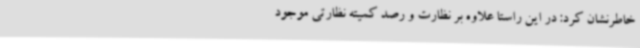
خاطرنشان کرد: در این راستا علاوه بر نظارت و رصد کمیته نظارتی موجود